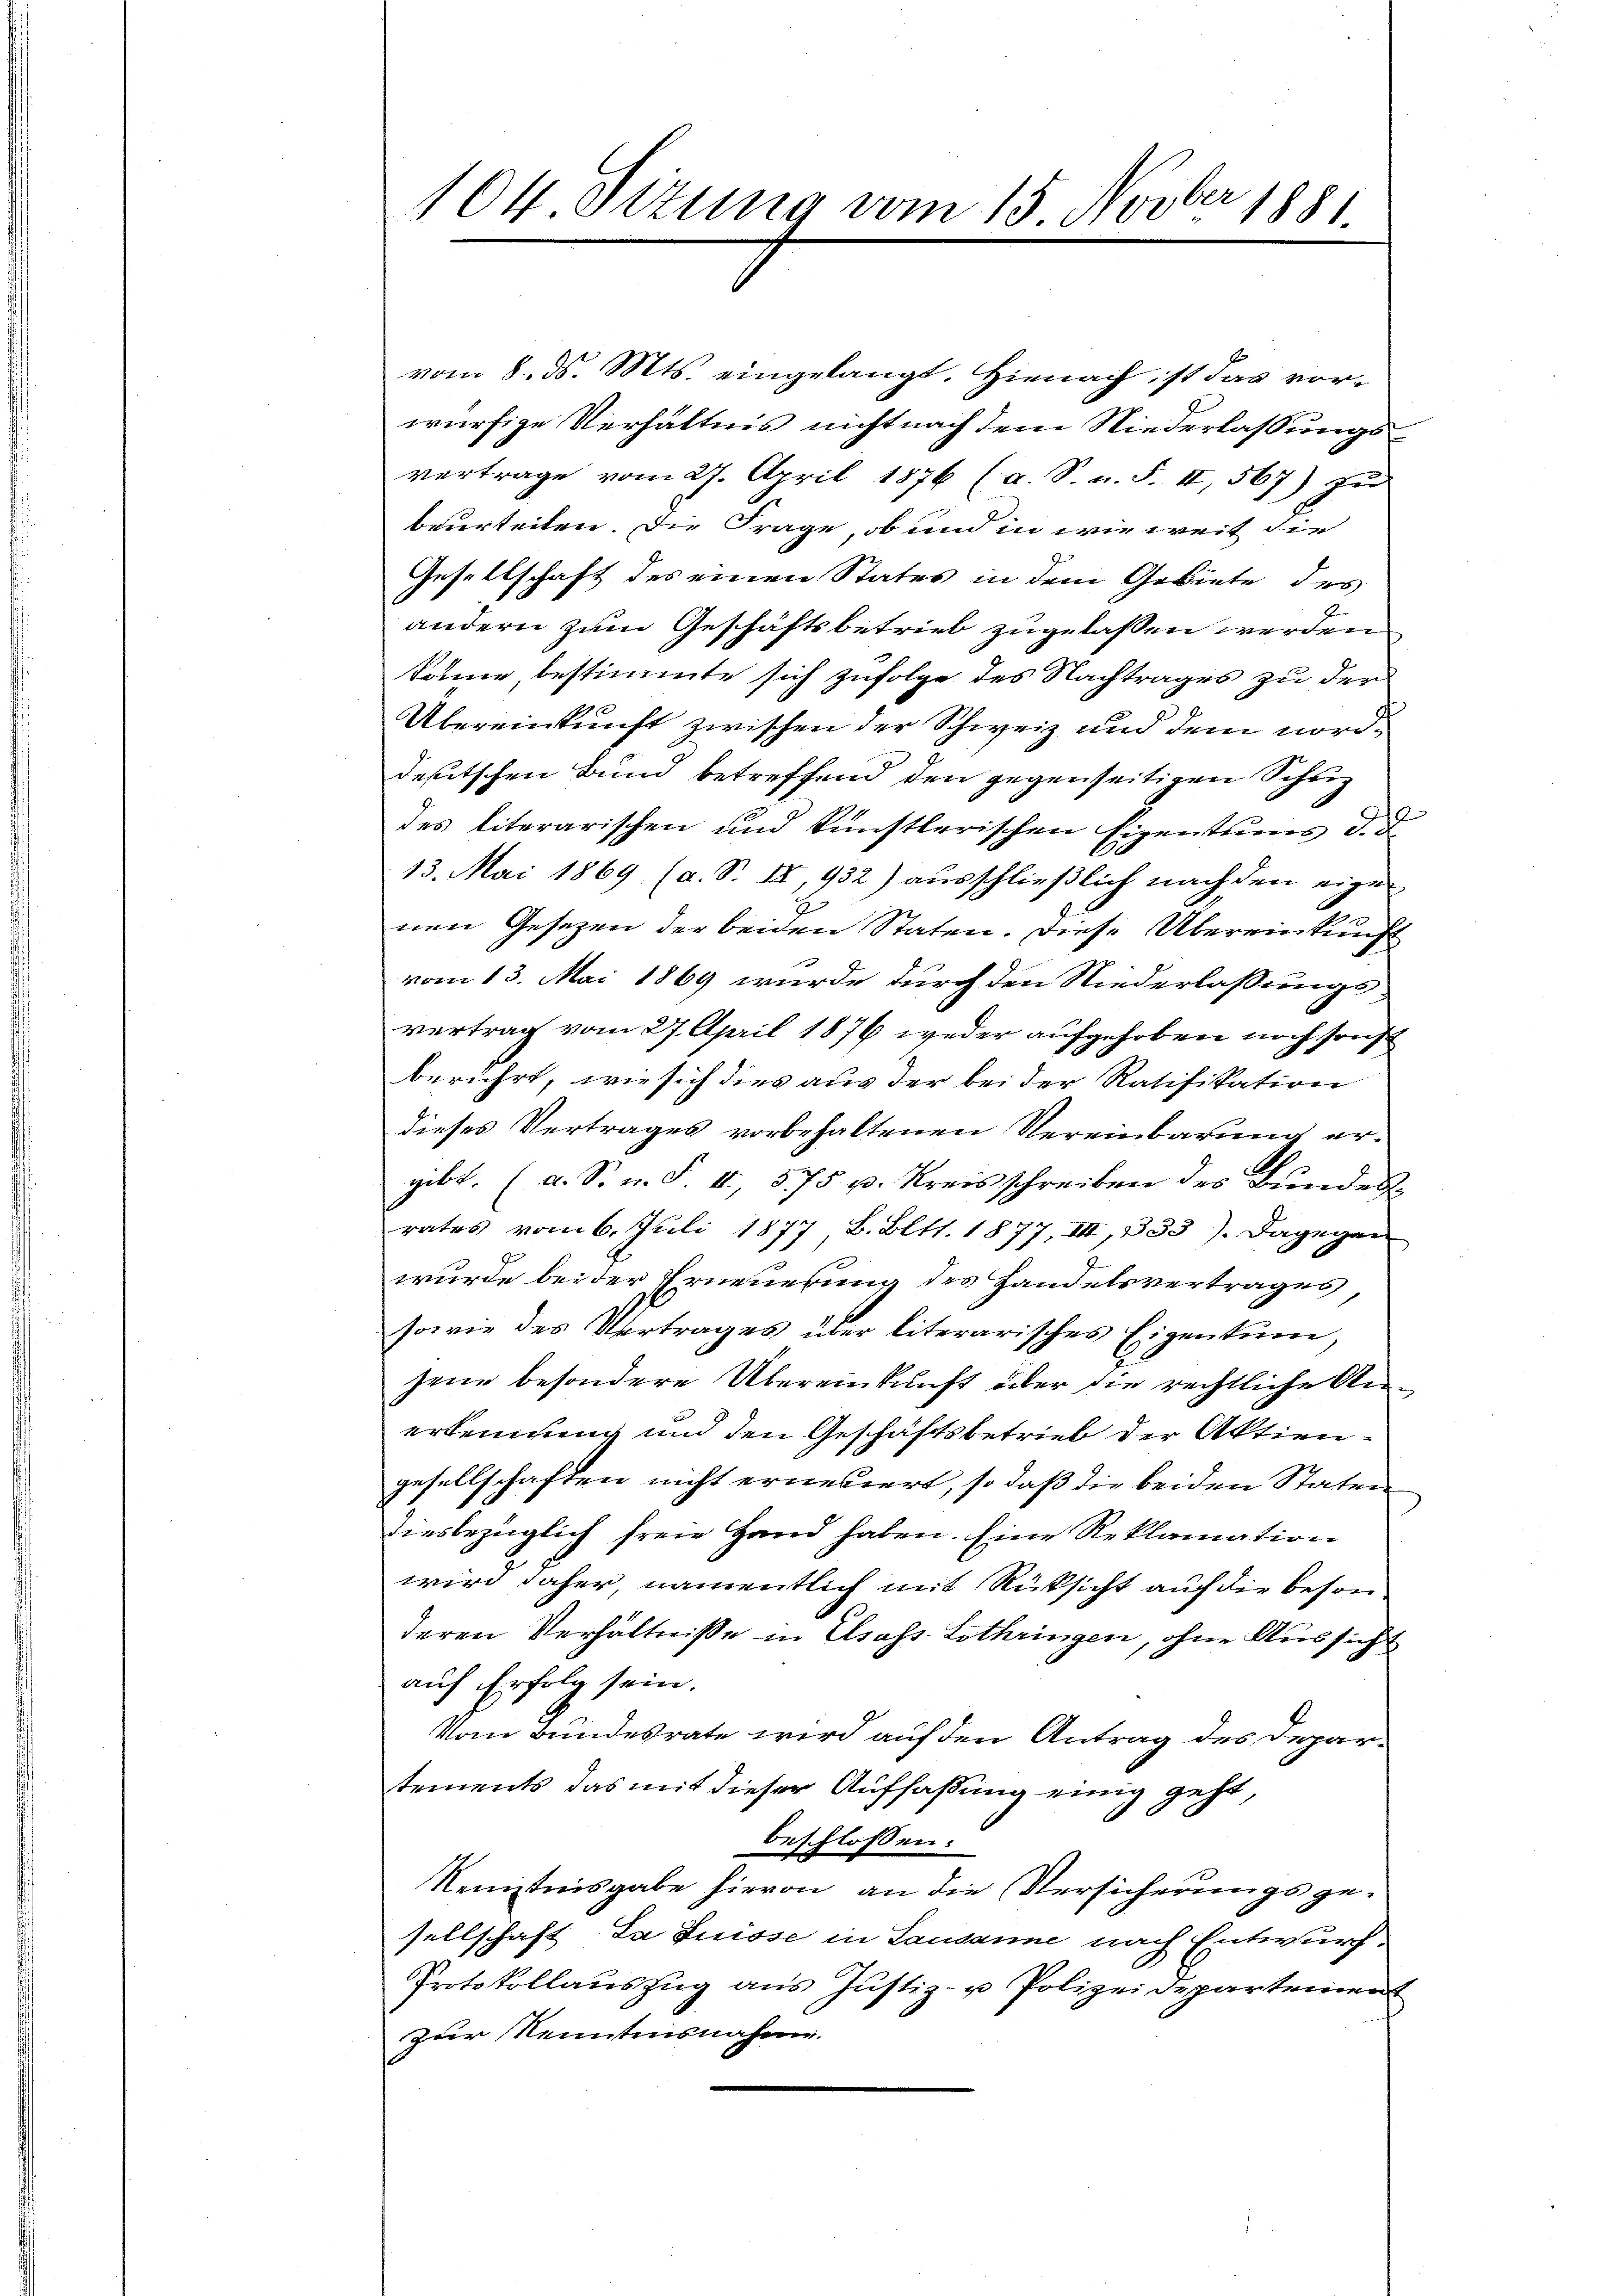
vom 8. d. Mts. eingelangt. Hienach, ist das vorwürfige Verhältnis nicht nach dem Niederlassungsvertrage vom 27. April 1876 (a. S. n. F. II, 567) zu
beurteilen. Die Frage, ob und in wie weit die
Gesellschaft des einen States in dem Gebiete des
andern zum Geschäftsbetrieb zugelassen werden
könne bestimmte sich zufolge des Nachtrages zu der
t
J
Übereinkunft zwischen der Schweiz und dem nord¬
2
deutschen Bund betreffend den gegenseitigen Schuz
des literarischen und künstlerischen Vizentuens d. d.
A
13. Mai 1869 (a. S. IX, 932) ausschließlich nach den eigen
nen Gesetzen der beiden Staten. Diese Übereinkunft
vom 13. Mai 1869 wurde durch den Niederlassungs-
vertrag vom 27. April 1876 weder aufgehoben noch sonst
berührt, wie sich dies aus der bei der Ratifikation
dieses Vertrages vorbehaltenen Vereinbarung ergibt. (a. S. n. F. II, 575 u. Kreisschreiben des Bundes
rates vom 6. Juli 1877, B. Bitt. 1877, III, 333). Dagegen
wurde bei der Erneuerung des Handelsvertrages,
sowie des Vertrages über literarisches Eigentum,
jene besondere Übereinkunft über die rechtliche Anerkennung und den Geschäftsbetrieb der Aktiengesellschaften nicht ernesiert, so daß die beiden Staten
diesbezüglich freie Hand haben. Eine Reklamation
wird daher, namentlich mit Rüksicht auf die beson
deren Verhältniße in Elsass Lothringen, ohne Aussicht
auf Erfolg sein.
Vom Bundesrate wird auf den Antrag des Departements das mit dieser Auffaßung einig geht,
E
beschlossen:
Neustnisgabe hievon an die Versicherungsgesellschaft. Da Suisse in Lausanne nach Entwurf.
Protokollauszug aus Justiz- u Polizeidepartemen
zur Kenntnisnahm.

Al
104. Ottung vom 13. Nov. 1881.